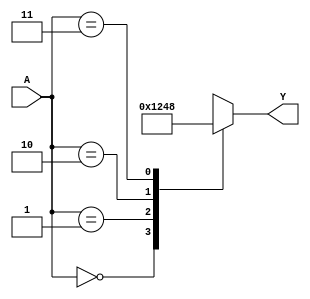
`timescale 1ns / 1ps
//////////////////////////////////////////////////////////////////////////////////
// Company: 
// Engineer: 
// 
// Design Name: 
// Module Name: decoder
// Project Name: 
// Target Devices: 
// Tool Versions: 
// Description: 
// 
// Dependencies: 
// 
// Revision:
// Revision 0.01 - File Created
// Additional Comments:
// 
//////////////////////////////////////////////////////////////////////////////////


module decoder(A,Y);  
input [1:0]A;  
output reg [3:0]Y;  
always@(A)  
begin  
case(A)  
2'b00:Y= 4'b0001;  
2'b01:Y = 4'b0010;  
2'b10:Y = 4'b0100;  
2'b11:Y = 4'b1000;  
default: Y = 4'bxxxx; 
endcase  
end  
endmodule